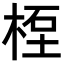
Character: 𥒯